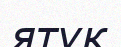
ятук